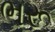
ભરૂ